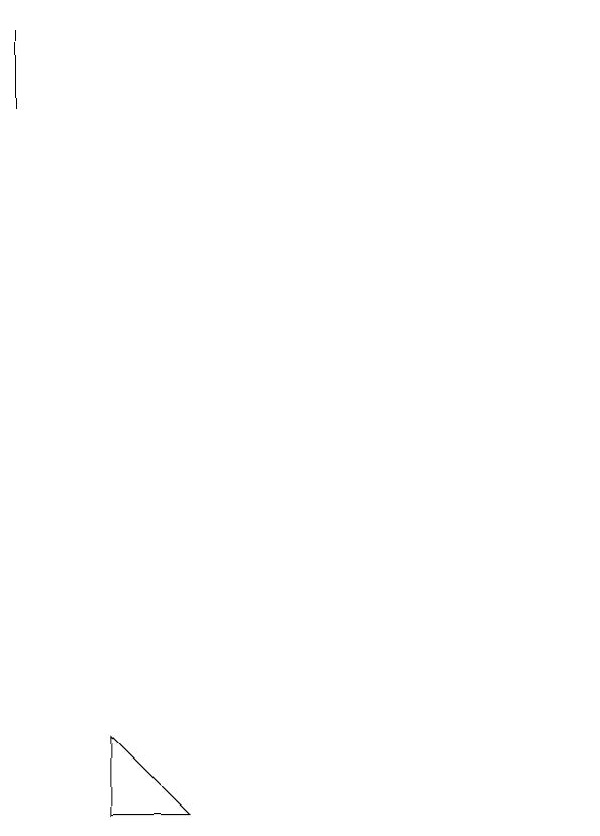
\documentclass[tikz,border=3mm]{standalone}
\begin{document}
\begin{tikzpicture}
\draw (4,2) -- (4,3) -- (5,2) -- cycle;
\draw (3,12) rectangle (3,11);
\draw (10,11) circle (0);
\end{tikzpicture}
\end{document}